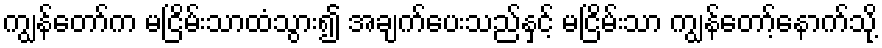
ကျွန်တော်က မငြိမ်းသာထံသွား၍ အချက်ပေးသည်နှင့် မငြိမ်းသာ ကျွန်တော့်နောက်သို့